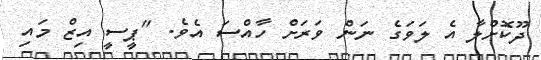
ދޫކޮށްލާ އެ ލަވަގެ ނަން ވަރަށް ހާއްސަ އެވެ. "ޕީސީ އިޒް މައި